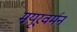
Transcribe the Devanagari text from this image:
मयूरवर्मन